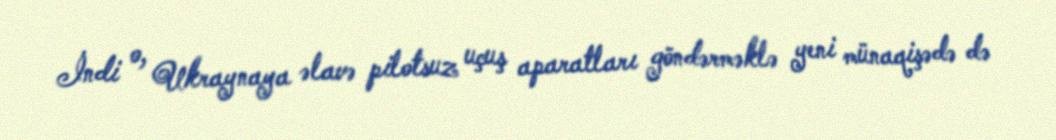
İndi o, Ukraynaya əlavə pilotsuz uçuş aparatları göndərməklə yeni münaqişədə də